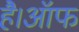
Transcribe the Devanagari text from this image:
है।ऑफ